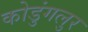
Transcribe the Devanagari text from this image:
कोडुंगलुर